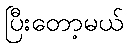
ပြီးတော့မယ်